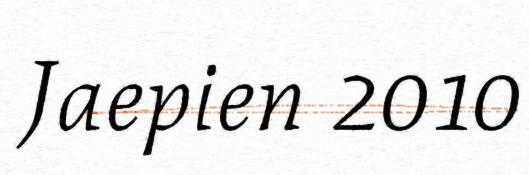
Jaepien 2010